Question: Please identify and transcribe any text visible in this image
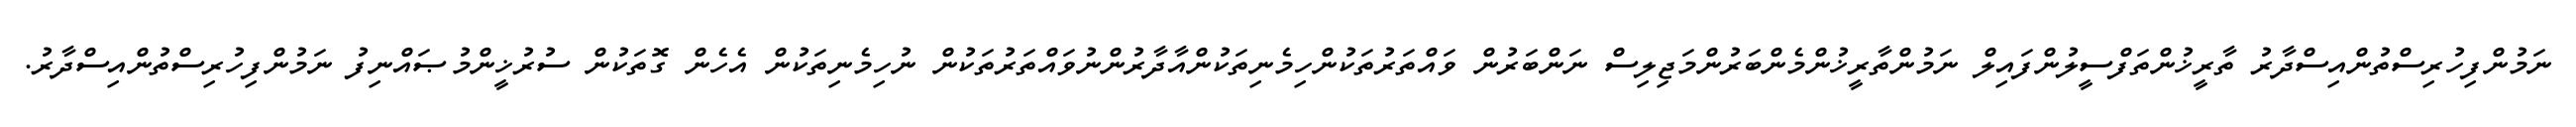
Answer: ނަމުންފިހުރިސްތުންއިސްދާރު ތާރީޚުންތަފްސީލުންފައިލް ނަމުންތާރީޚުންމެންބަރުންމަޖިލިސް ނަންބަރުން ވައްތަރުތަކުންހިމެނިތަކުންއާދާރުންނުވައްތަރުތަކުން ނުހިމެނިތަކުން އެހެން ގޮތަކުން ސުރުޚީންމުޞައްނިފު ނަމުންފިހުރިސްތުންއިސްދާރު.